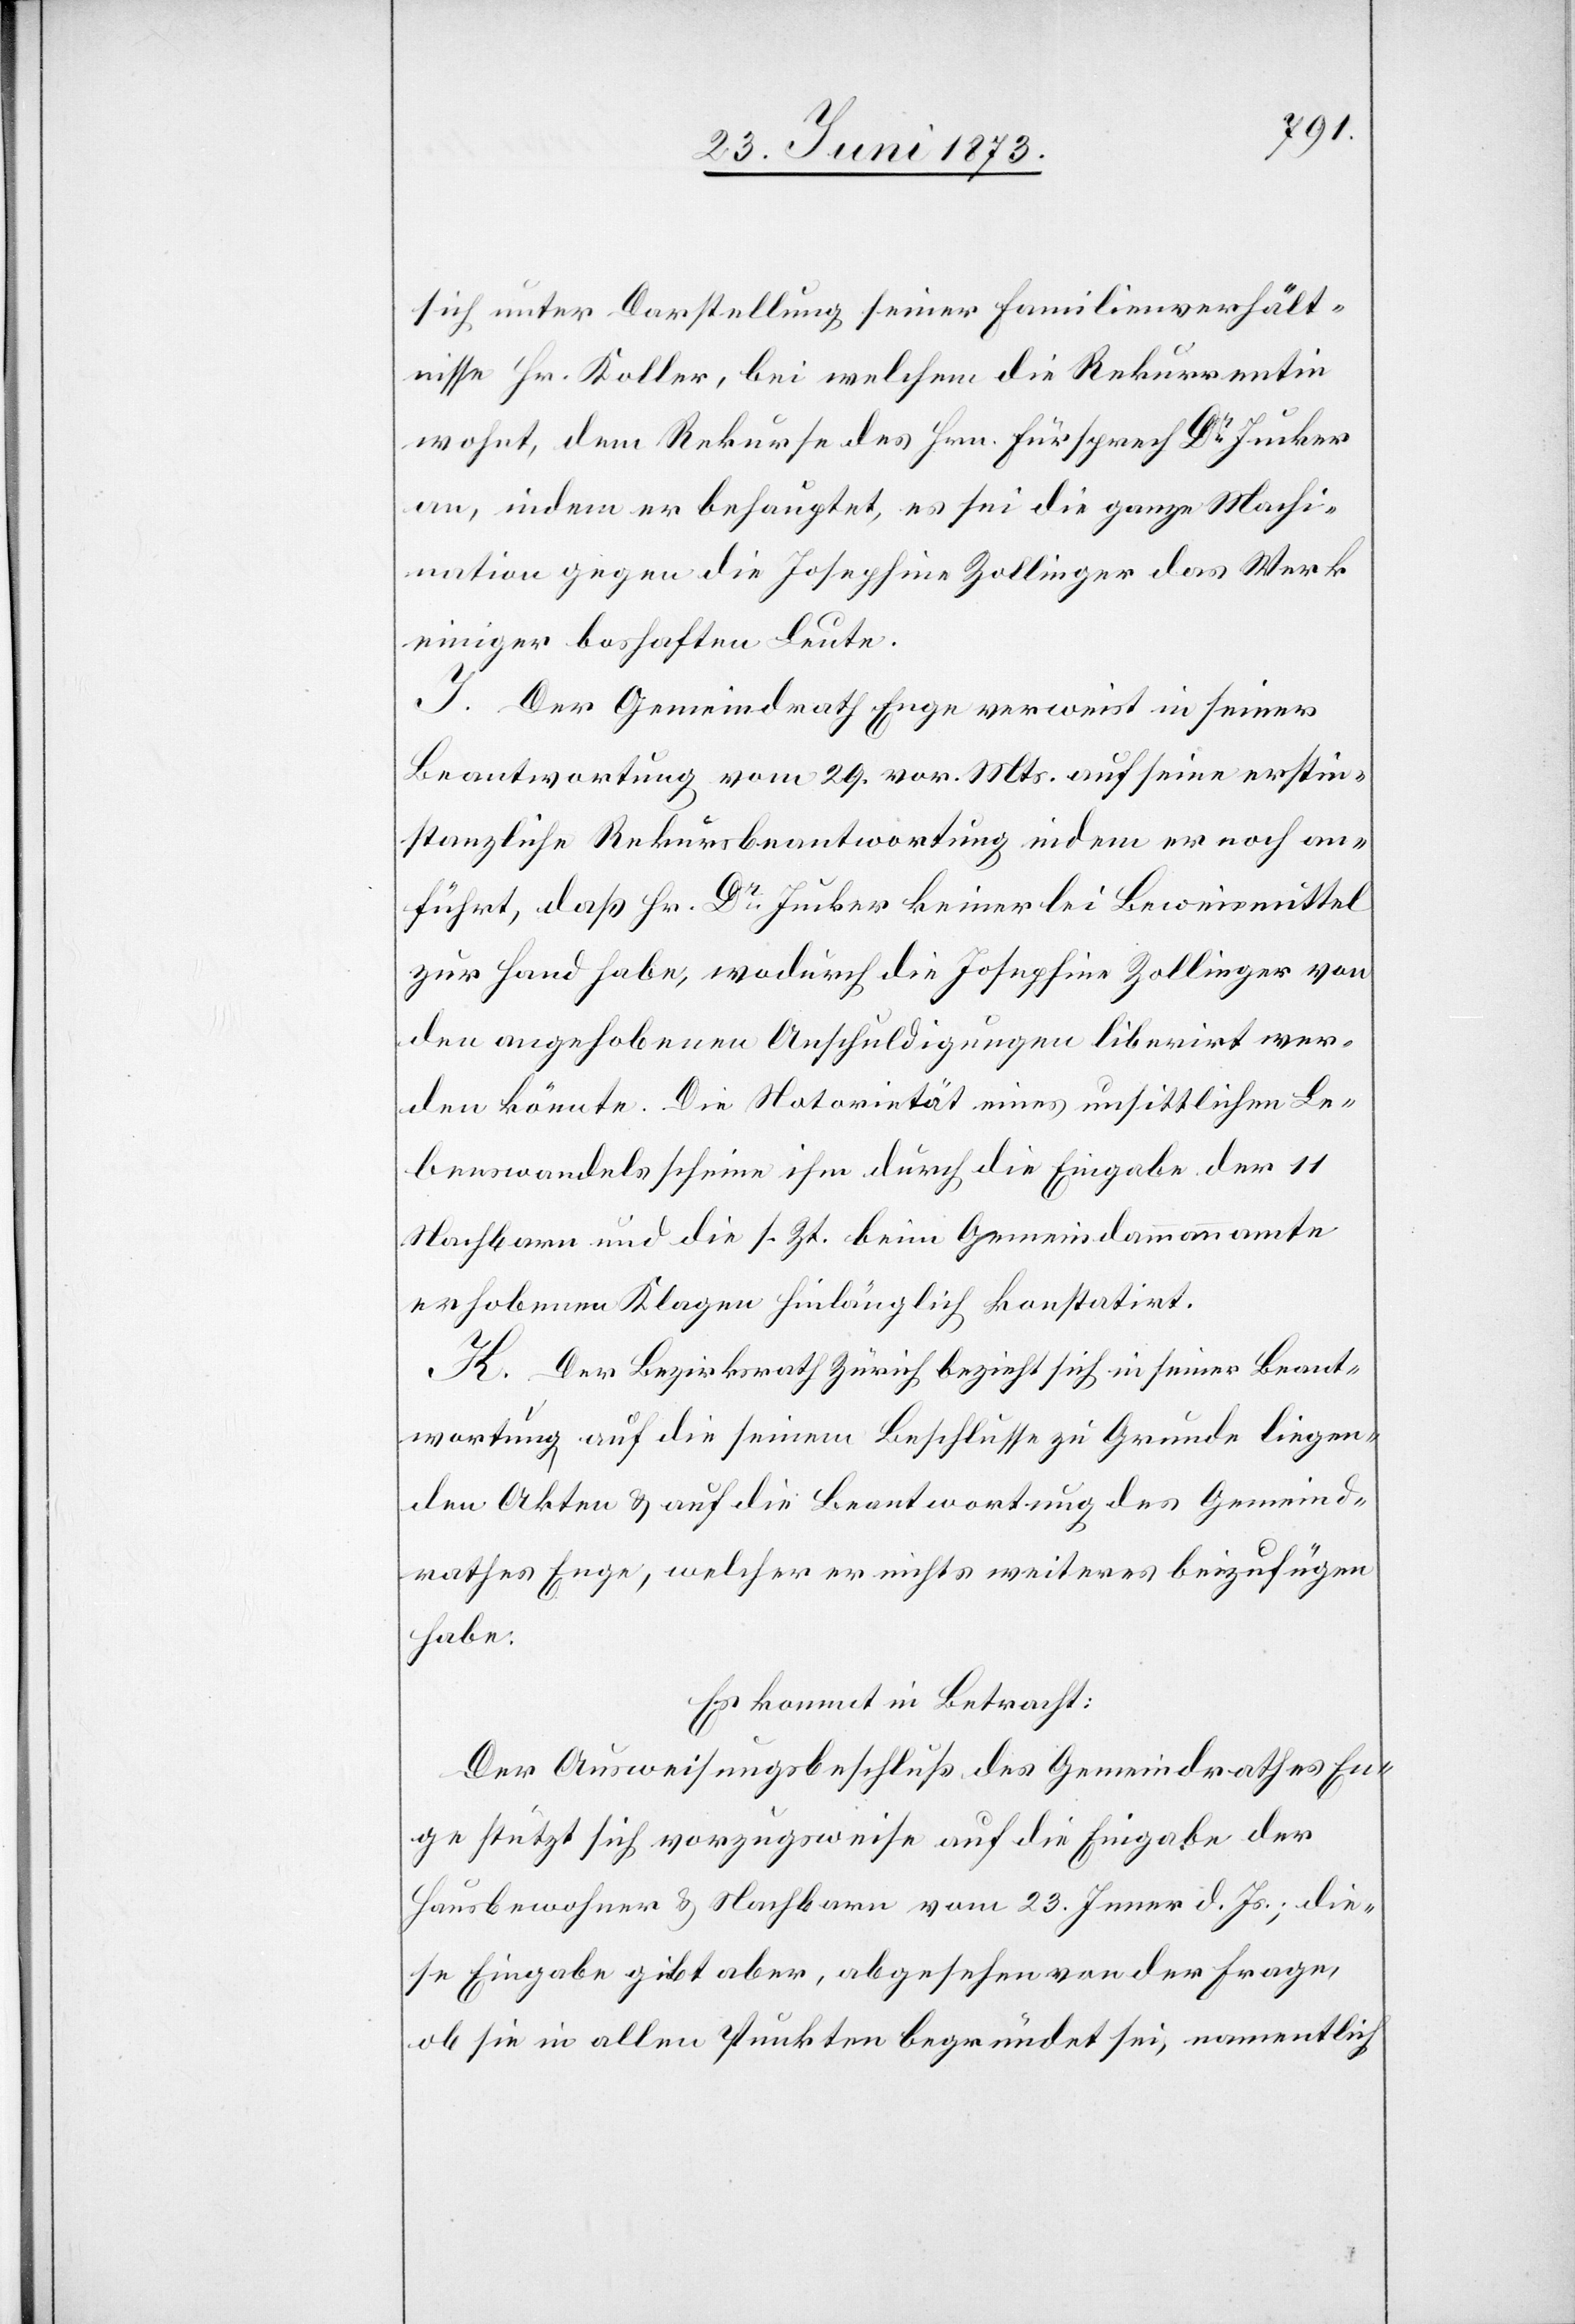
sich unter Darstellung seiner Familienverhält¬
nisse Hr. Koller, bei welchem die Rekurrentin
wohne, dem Rekurse des Hrn. Fürsprech Dr Jucker
an, indem er behauptet, es sei die ganze Machi¬
nation gegen die Josephine Zollinger das Werk
einiger boshaften [sic!]
I. Der Gemeindrath Enge verweist in seiner
Beantwortung vom 29. vor. Mts. auf seine erstin¬
stanzliche Rekursbeantwortung indem er noch an¬
führt, daß Hr. Dr Jucker keinerlei Beweismittel
zur Hand habe, wodurch die Josephine Zollinger von
den angehobenen Anschuldigungen liberirt wer¬
den könnte. Die Notorietät eines unsittlichen Le¬
benswandels scheine ihm durch die Eingabe der 11
Nachbarn und die s. Zt. beim Gemeindammannamte
erhobenen Klagen hinlänglich konstatirt.
K. Der Bezirksrath Zürich bezieht sich in seiner Beant¬
wortung auf die seinem Beschlusse zu Grunde liegen¬
den Akten & auf die Beantwortung des Gemeind¬
rathes Enge, welcher er nichts weiteres beizufügen
habe.
Es kommt in Betracht:
Der Ausweisungsbeschluß des Gemeindrathes En¬
ge stützt sich vorzugsweise auf die Eingabe der
Hausbewohner & Nachbarn vom 23. Jenner d. Js., die¬
se Eingabe gibt aber, abgesehen von der Frage,
ob sie in allen Punkten begründet sei, namentlich